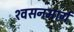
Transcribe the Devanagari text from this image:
श्‍वसनमार्ग